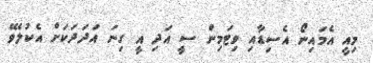
މިއީ އެމައިނޯ އެސިޑާއި ވިޓަމިން ސީ އަދި އީ ގިނަ އަދަދަކަށް އެކުލެވޭ